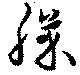
膝